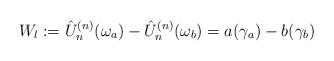
LaTeX: \begin{align*}W_{l} := \hat{U}^{(n)}_n(\omega_a) - \hat{U}^{(n)}_n(\omega_b) = a(\gamma_a) - b(\gamma_b)\end{align*}